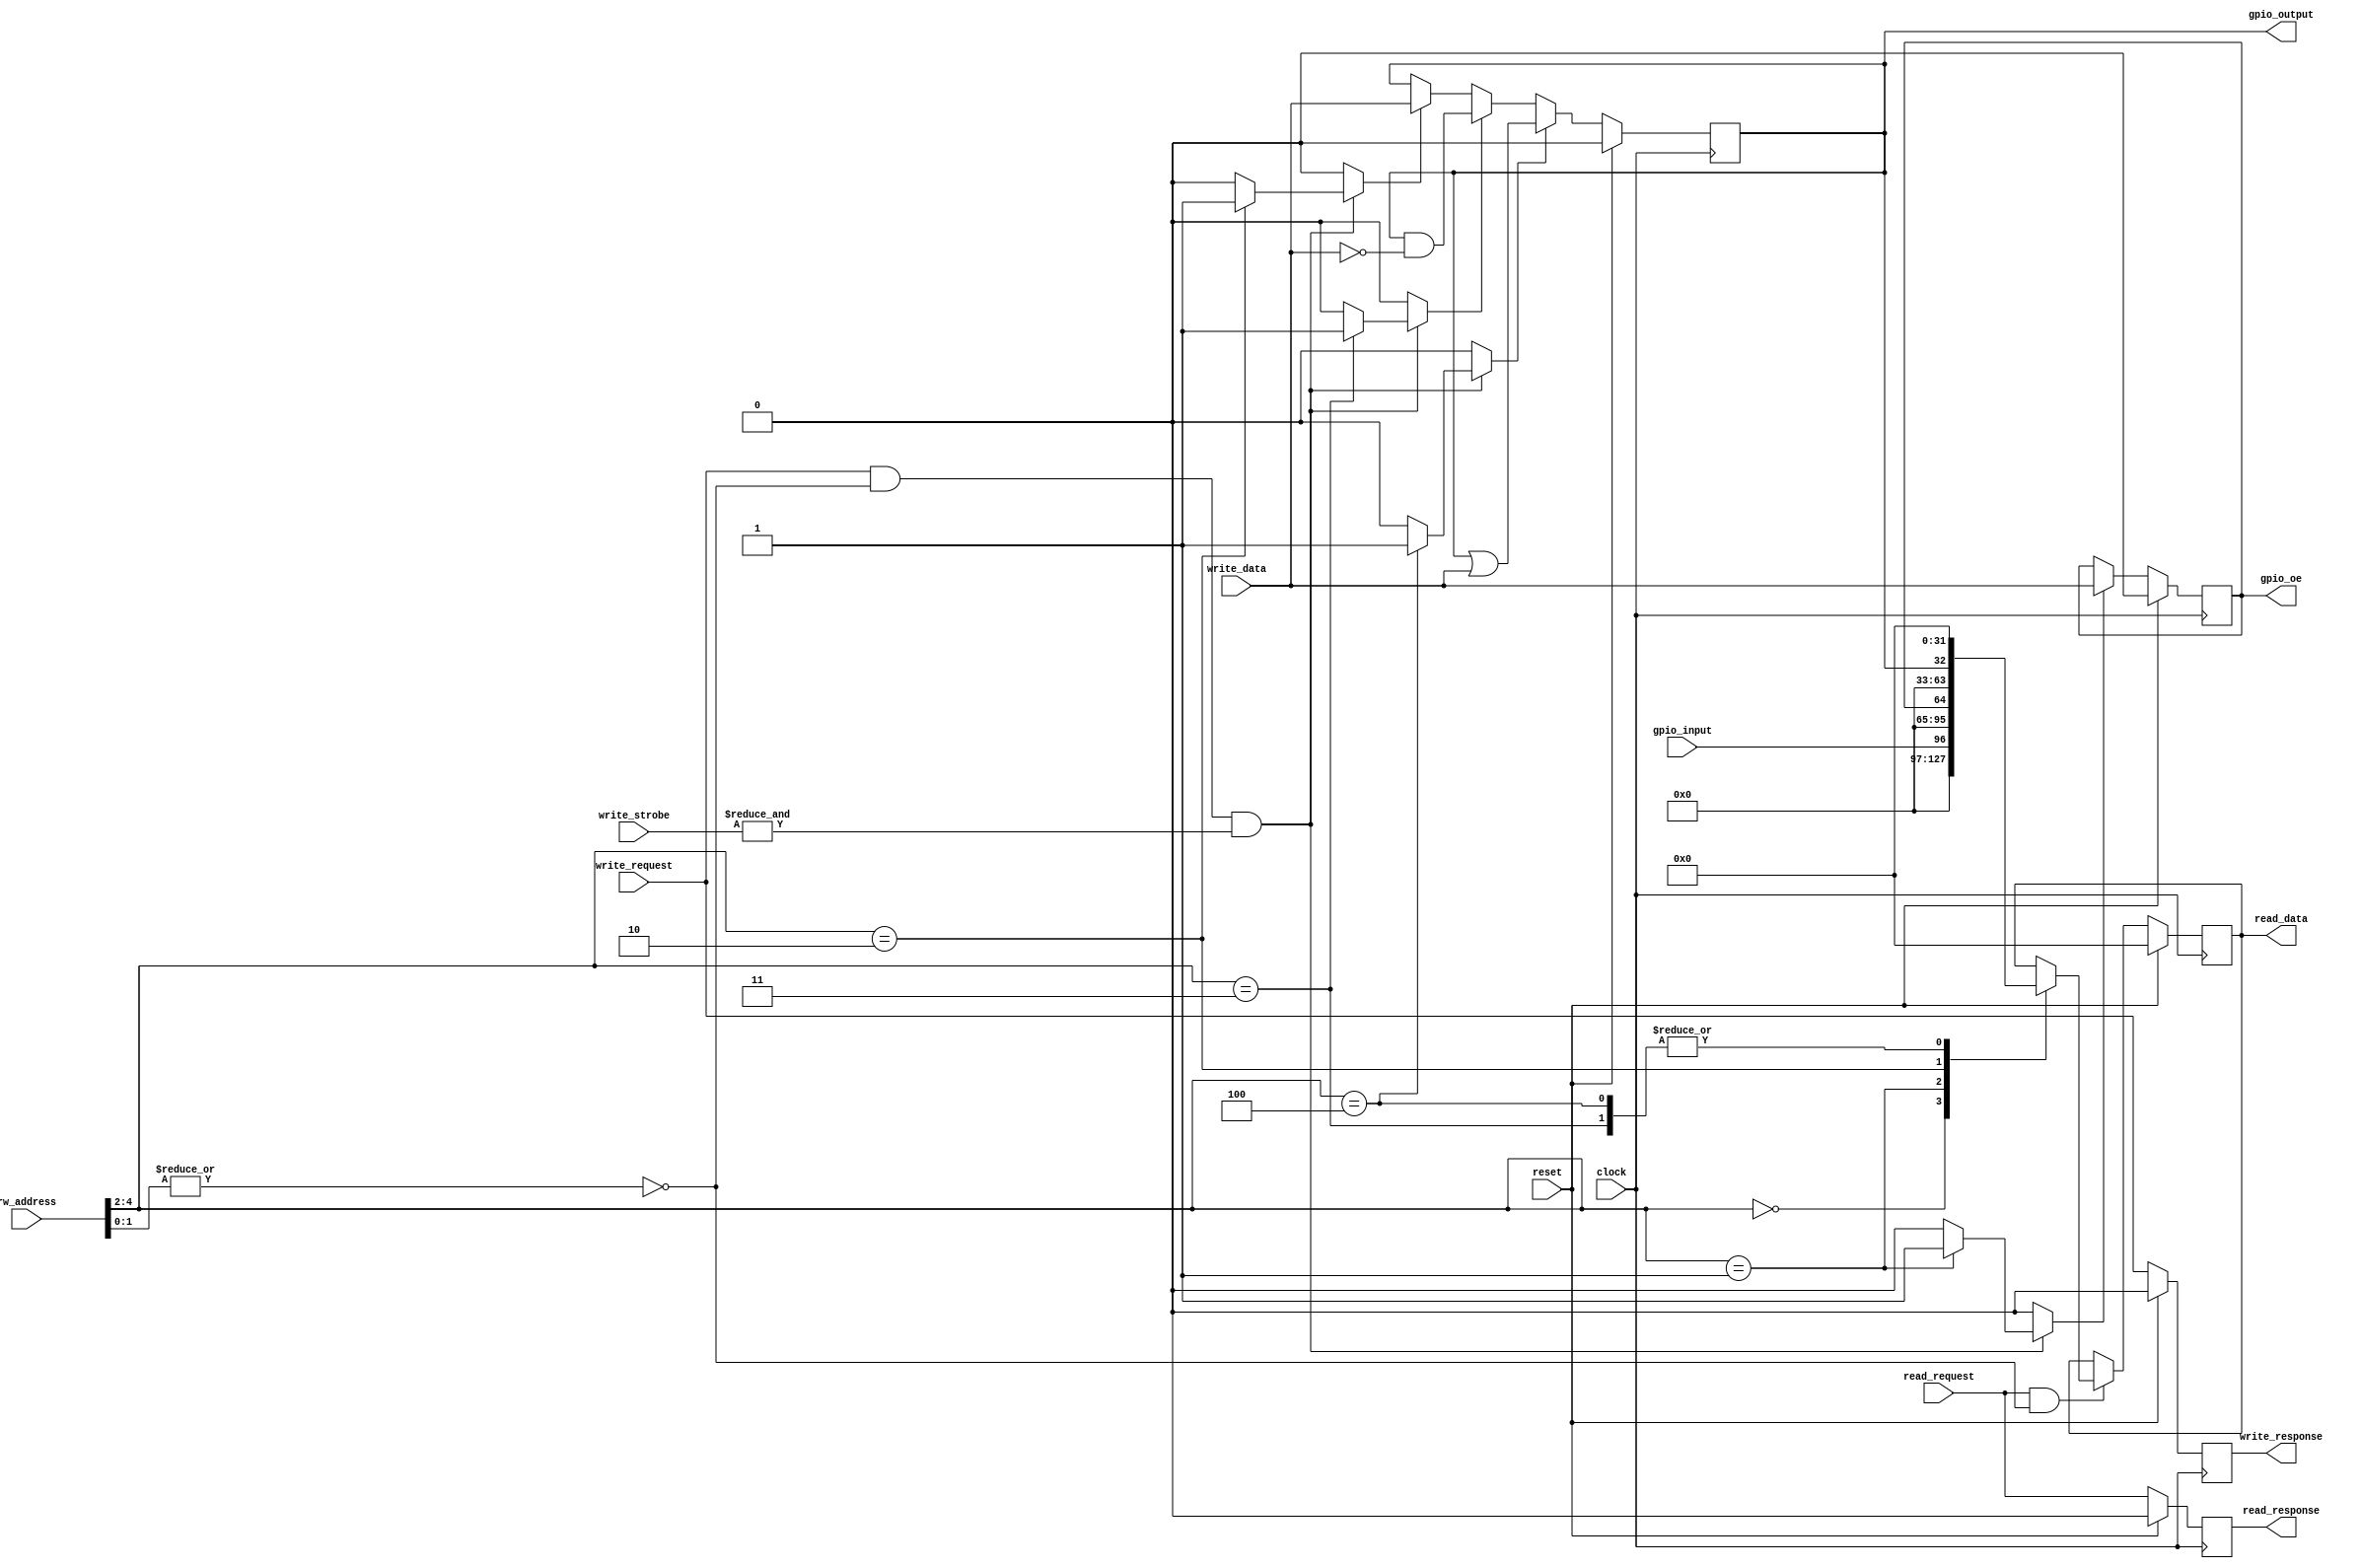
// ----------------------------------------------------------------------------
// Copyright (c) 2020-2024 RISC-V Steel contributors
//
// This work is licensed under the MIT License, see LICENSE file for details.
// SPDX-License-Identifier: MIT
// ----------------------------------------------------------------------------

module rvsteel_gpio #(

  parameter GPIO_WIDTH = 1

) (

  // Global signals

  input   wire                    clock         ,
  input   wire                    reset         ,

  // IO interface

  input   wire  [4:0 ]            rw_address    ,
  output  reg   [31:0]            read_data     ,
  input   wire                    read_request  ,
  output  reg                     read_response ,
  input   wire  [GPIO_WIDTH-1:0]  write_data    ,
  input   wire  [3:0 ]            write_strobe  ,
  input   wire                    write_request ,
  output  reg                     write_response,

  // I/O signals

  input   wire  [GPIO_WIDTH-1:0]  gpio_input    ,
  output  wire  [GPIO_WIDTH-1:0]  gpio_oe       ,
  output  wire  [GPIO_WIDTH-1:0]  gpio_output

);

  // Map registers
  localparam REG_ADDR_WIDTH   = 2'd3;

  localparam REG_IN           = 3'd0;
  localparam REG_OE           = 3'd1;
  localparam REG_OUT          = 3'd2;
  localparam REG_CLR          = 3'd3;
  localparam REG_SET          = 3'd4;


  // Output Enable
  reg oe_update;
  reg [GPIO_WIDTH-1:0] oe;

  // Output data
  reg out_update;
  reg [GPIO_WIDTH-1:0] out;

  // Clear mask
  reg clr_update;

  // Set mask
  reg set_update;


  assign gpio_oe = oe;
  assign gpio_output = out;


  // Bus
  wire address_aligned;
  assign address_aligned = (~|rw_address[1:0]);

  wire write_word;
  assign write_word = (&write_strobe);

  wire [REG_ADDR_WIDTH-1:0] address;
  assign address = rw_address[2 +:REG_ADDR_WIDTH];


  always @(posedge clock) begin
    if (reset) begin
      oe <= {GPIO_WIDTH{1'b0}};
      out <= {GPIO_WIDTH{1'b0}};
    end else begin
      if (oe_update) begin
        oe <= write_data[0 +: GPIO_WIDTH];
      end

      if (out_update) begin
        out <= write_data[0 +: GPIO_WIDTH];
      end

      if (clr_update) begin
        out <= out & ~write_data[0 +: GPIO_WIDTH];
      end

      if (set_update) begin
        out <= out | write_data[0 +: GPIO_WIDTH];
      end
    end
  end


  // Bus: Response to request
  always @(posedge clock) begin
    if (reset) begin
      read_response <= 1'b0;
      write_response <= 1'b0;
    end else begin
      read_response <= read_request;
      write_response <= write_request;
    end
  end


  // Bus: Read registers
  always @(posedge clock) begin
    if (reset) begin
      read_data <= 32'd0;
    end else begin
      if (read_request && address_aligned) begin
        case (address)
          REG_IN    : read_data <= {{32-GPIO_WIDTH{1'b0}}, gpio_input};
          REG_OE    : read_data <= {{32-GPIO_WIDTH{1'b0}}, oe};
          REG_OUT   : read_data <= {{32-GPIO_WIDTH{1'b0}}, out};
          REG_CLR   : read_data <= 32'd0;
          REG_SET   : read_data <= 32'd0;
          default: begin end
        endcase
      end
    end
  end


  // Bus: Update registers
  always @(*) begin
    oe_update   = 1'b0;
    out_update  = 1'b0;
    clr_update  = 1'b0;
    set_update  = 1'b0;

    if (write_request && address_aligned && write_word) begin
        case (address)
            REG_OE    : oe_update   = 1'b1;
            REG_OUT   : out_update  = 1'b1;
            REG_CLR   : clr_update  = 1'b1;
            REG_SET   : set_update  = 1'b1;
            default: begin end
        endcase
    end
  end

endmodule